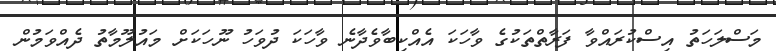
މަސްލަހަތު އިސްކުރައްވާ ފަރާތްތަކުގެ ވާހަކަ އެއްކިބާވެދާނެ ވާހަކަ ދުވަހު ނޫހަކަށް މައުލޫމާތު ދެއްވަމުން